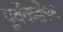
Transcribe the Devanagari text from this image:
पूर्वेकडे१६